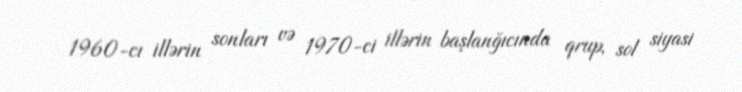
1960-cı illərin sonları və 1970-ci illərin başlanğıcında qrup, sol siyasi